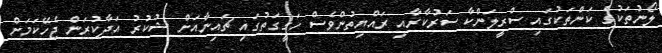
ލޯނުތަކުގެ ކަންތަކުގައި ސްރީލަންކާ ސަރުކާރާއި ރައްޔިތުންވެސް ހަގީގަތުގައި ޗައިނާއަށް ޝުކުރު އަދާކުރަން ޖެހޭކަމަށް